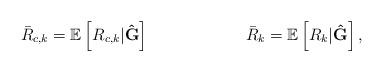
LaTeX: \begin{align*} \bar{R}_{c,k}&=\mathbb{E}\left[R_{c,k}|\mathbf{\hat{G}}\right] & \bar{R}_{k}=\mathbb{E}\left[R_{k}|\mathbf{\hat{G}}\right],\end{align*}